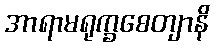
အာရာမရုက္ခစေတျာနိ